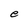
Character: e